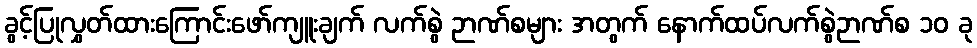
ခွင့်ပြုလွှတ်ထားကြောင်းဖော်ကျူးချက် လက်စွဲ ဉာဏ်စများ အတွက် နောက်ထပ်လက်စွဲဉာဏ်စ ၁၀ ခု